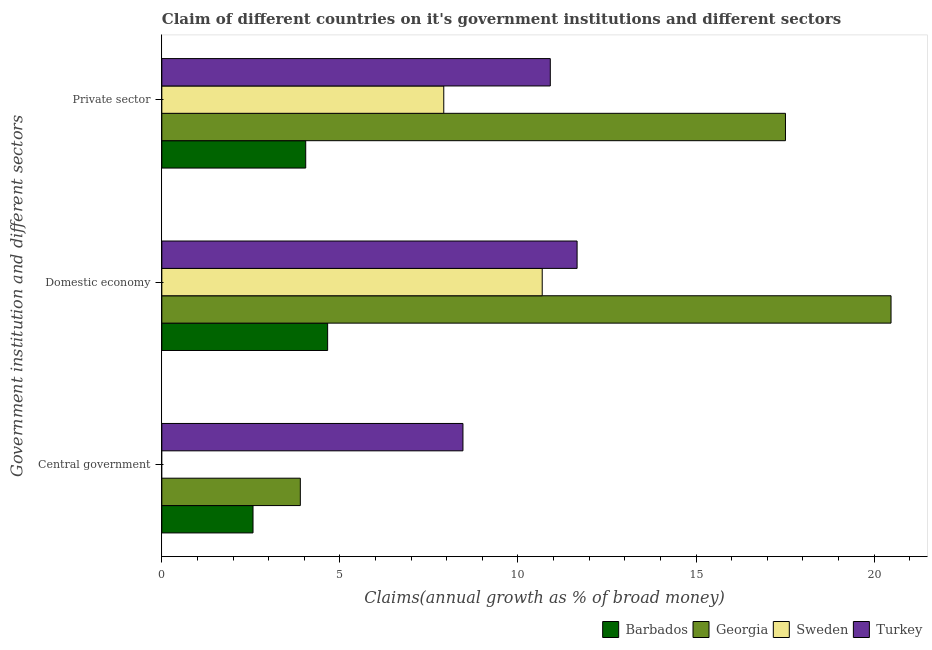
| Government institution and different sectors | Barbados | Georgia | Sweden | Turkey |
 | --- | --- | --- | --- | --- |
 | Central government | 2.56 | 3.89 | -1.28 | 8.45 |
 | Domestic economy | 4.66 | 20.5 | 10.7 | 11.7 |
 | Private sector | 4.04 | 17.5 | 7.92 | 10.9 |